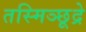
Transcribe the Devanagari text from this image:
तस्मिञ्छूद्रे